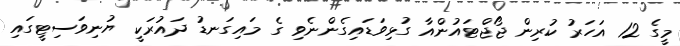
މީގެ 12 އަހަރު ކުރިން ޖޯޖްޓައުންއާ ގުޅިވަޑައިގެންނެވި ގެ މައިގަނޑު ދައުރަކީ ޔުނިވަސިޓީގައި